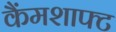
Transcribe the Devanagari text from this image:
कैंमशाफ्ट